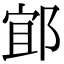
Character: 𨛯